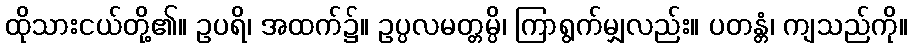
ထိုသားငယ်တို့၏။ ဥပရိ၊ အထက်၌။ ဥပ္ပလမတ္တမ္ပိ၊ ကြာရွက်မျှလည်း။ ပတန္တံ၊ ကျသည်ကို။